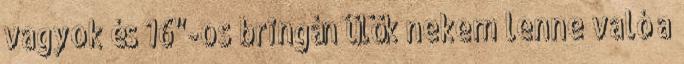
vagyok és 16"-os bringán ülök nekem lenne való a